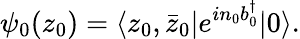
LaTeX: \psi_{0}(z_{0})=\langle z_{0},\bar{z}_{0}\vert e^{in_{0}b_{0}^{\dagger}}\vert 0\rangle.